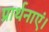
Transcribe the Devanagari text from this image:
प्रार्थनाएं।